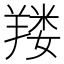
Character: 𰭚